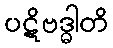
ပဋိဗဒ္ဓါတိ